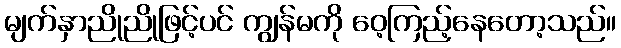
မျက်နှာညိုညိုဖြင့်ပင် ကျွန်မကို ဝေ့ကြည့်နေတော့သည်။